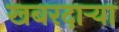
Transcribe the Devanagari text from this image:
खबरदाऱ्या